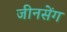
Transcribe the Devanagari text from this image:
जीनसेंग